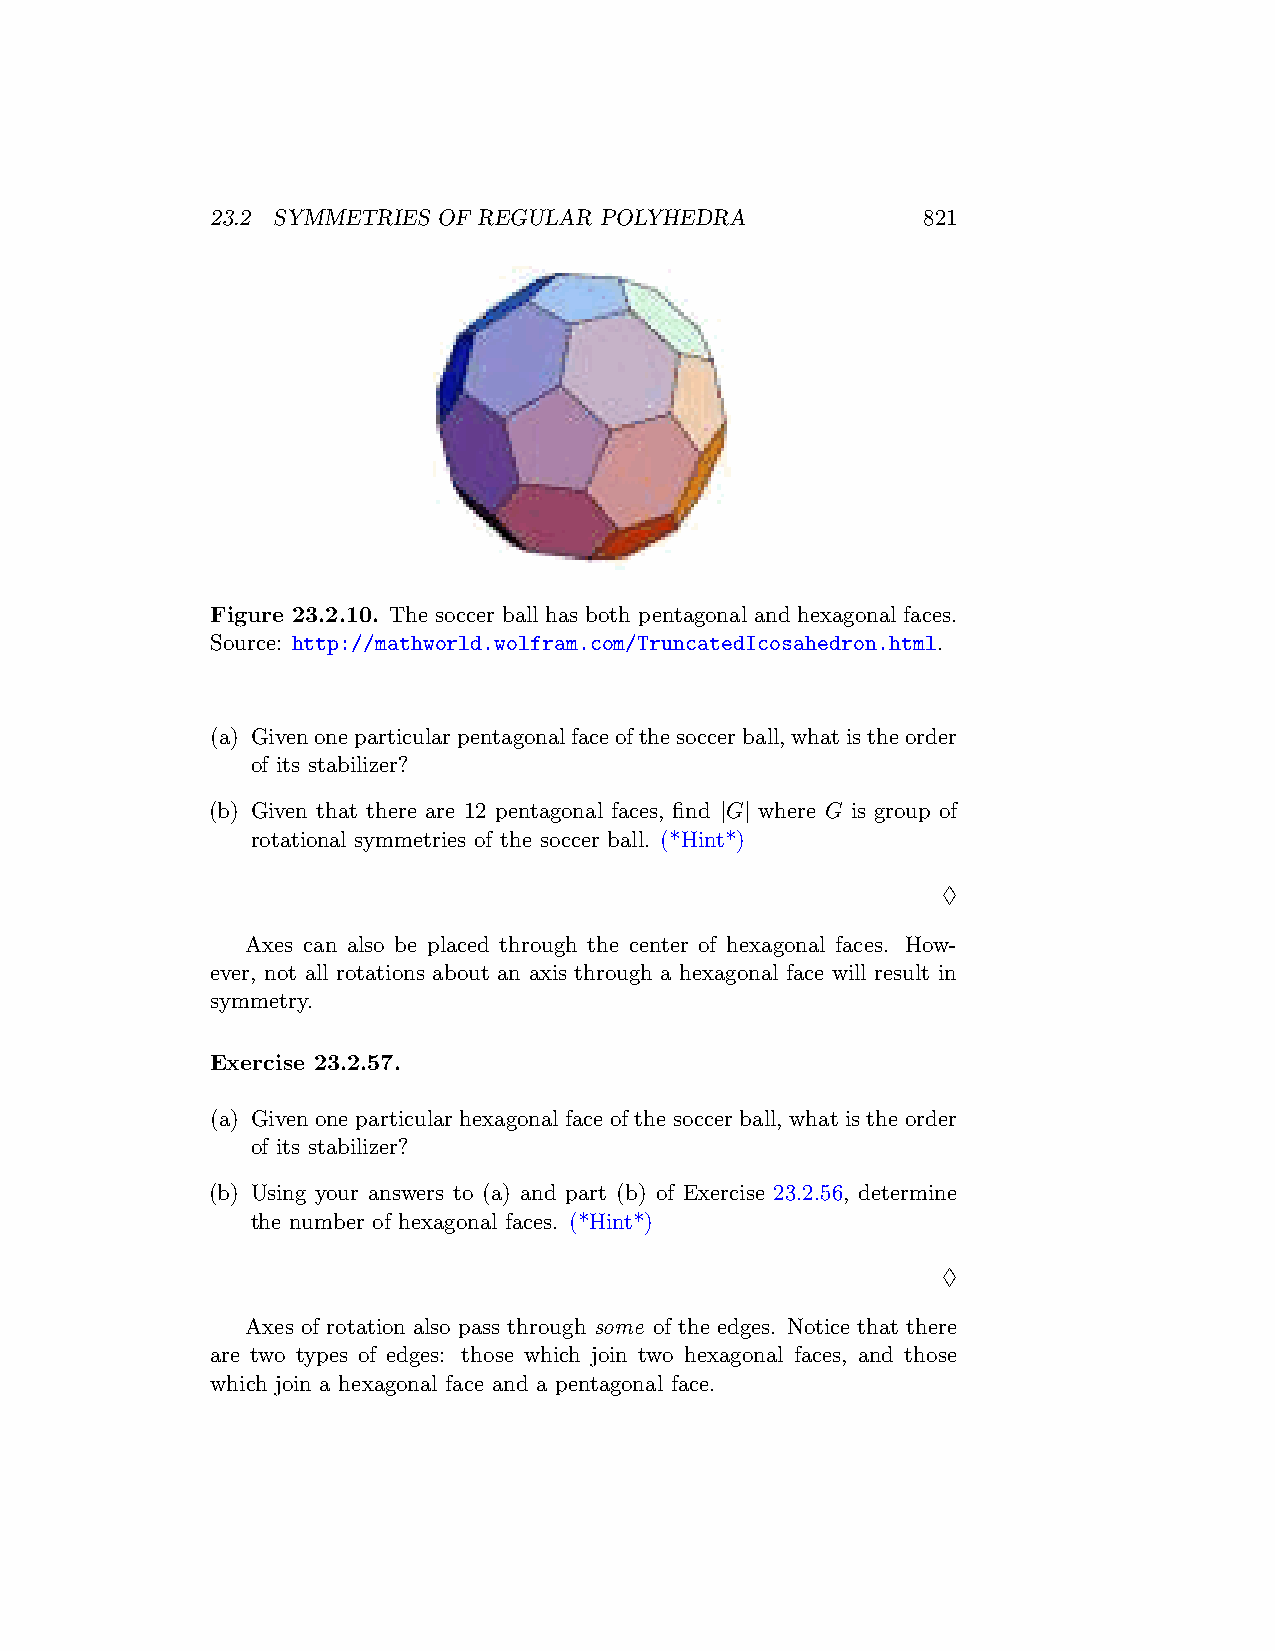
23.2 SYMMETRIES OF REGULAR POLYHEDRA           821
 Figure 23.2.10. The soccer ball has both pentagonal and hexagonal faces.
 Source: http://mathworld.wolfram.com/TruncatedIcosahedron.html.
 (a) Givenoneparticularpentagonalfaceofthesoccerball,whatistheorder
 of its stabilizer?
 (b) Given that there are 12 pentagonal faces, find |G| where G is group of
 rotational symmetries of the soccer ball. (*Hint*)
 ♢
 Axes can also be placed through the center of hexagonal faces. How-
 ever, not all rotations about an axis through a hexagonal face will result in
 symmetry.
 Exercise 23.2.57.
 (a) Given one particular hexagonal face of the soccer ball, what is the order
 of its stabilizer?
 (b) Using your answers to (a) and part (b) of Exercise 23.2.56, determine
 the number of hexagonal faces. (*Hint*)
 ♢
 Axes of rotation also pass through some of the edges. Notice that there
 are two types of edges: those which join two hexagonal faces, and those
 which join a hexagonal face and a pentagonal face.